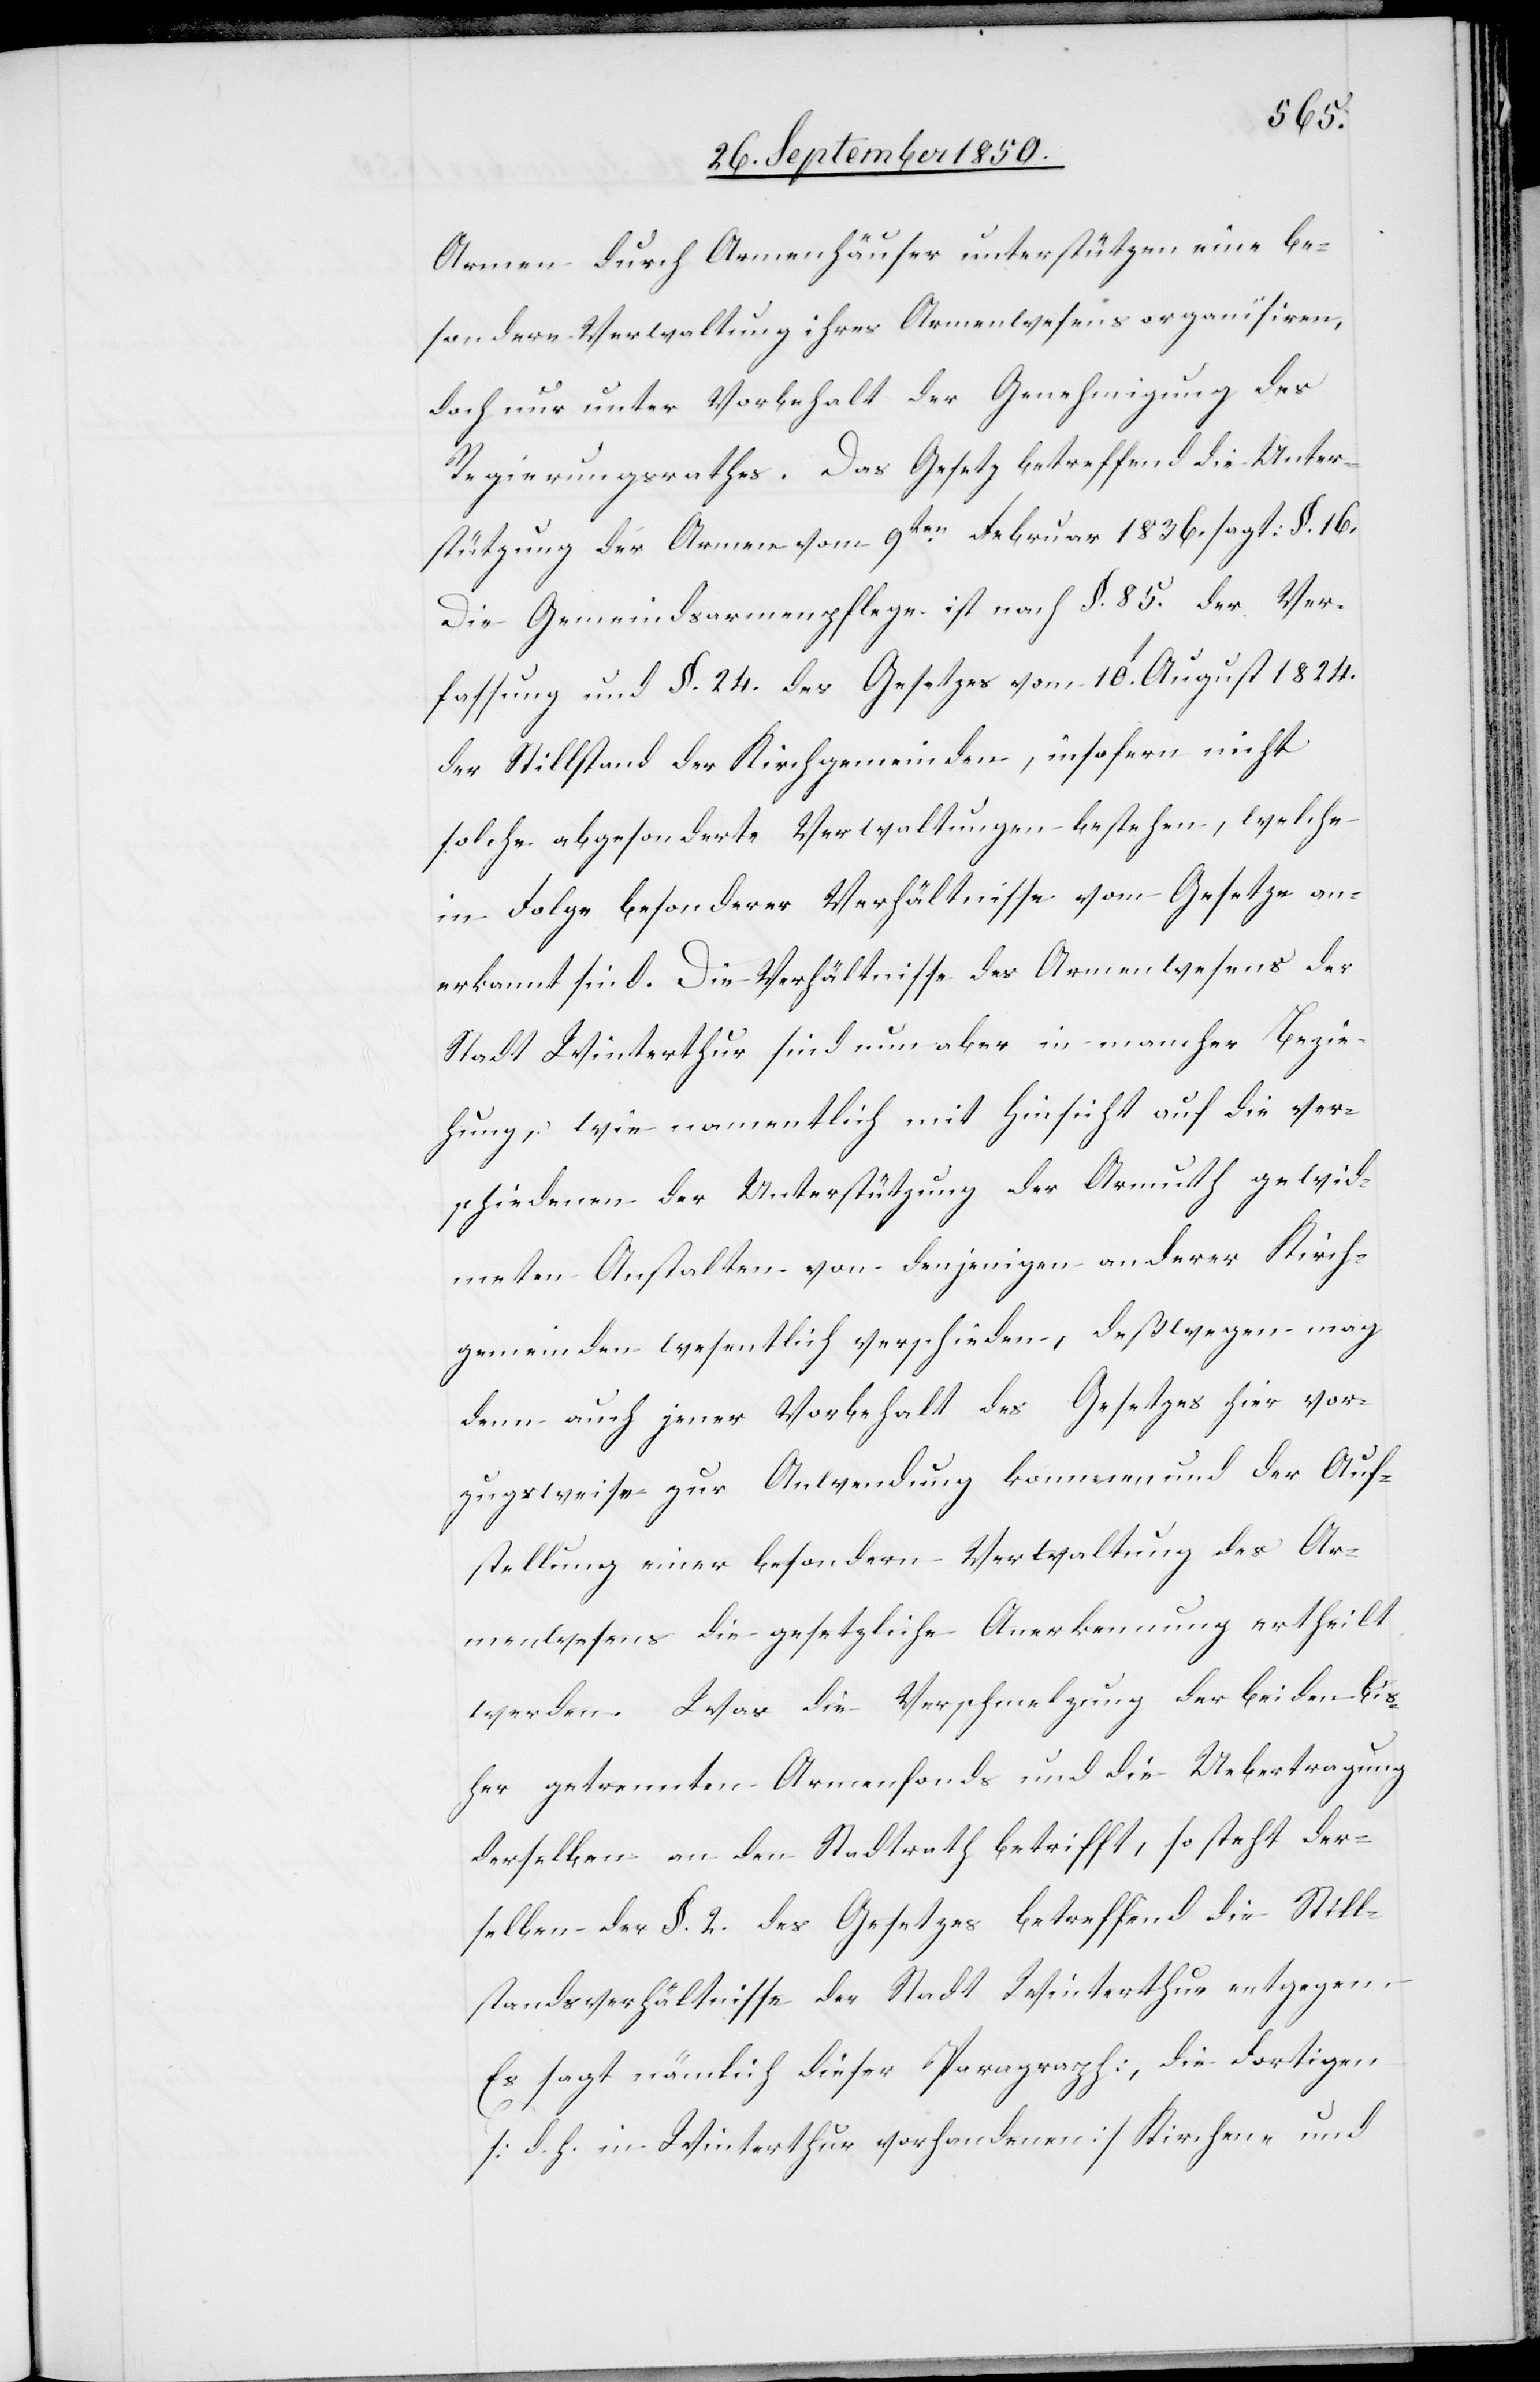
Armen durch Armenhäuser unterstützen eine be¬
sondere Verwaltung ihres Armenwesens organisiren,
doch nur unter Vorbehalt der Genehmigung des
Regierungsrathes. Das Gesetz betreffend die Unter¬
stützung der Armen vom 9ten Februar 1836. sagt: §. 16.
Die Gemeindsarmenpflege ist nach §. 85. der Ver¬
fassung und §. 24. des Gesetzes vom 10t August 1824.
der Stillstand der Kirchgemeinden, insofern nicht
solche abgesonderte Verwaltungen bestehen, welche
in Folge besonderer Verhältnisse vom Gesetze an¬
erkannt sind. Die Verhältnisse des Armenwesens der
Stadt Winterthur sind nun aber in mancher Bezie¬
hung, wie namentlich mit Hinsicht auf die ver¬
schiedenen der Unterstützung der Armuth gewid¬
meten Anstalten von denjenigen anderer Kirch¬
gemeinden wesentlich verschieden, deßwegen mag
denn auch jener Vorbehalt des Gesetzes hier vor¬
zugsweise zur Anwendung kommen und der Auf¬
stellung einer besondern Verwaltung des Ar¬
menwesens die gesetzliche Anerkennung ertheilt
werden. Was die Verschmelzung der beiden bis¬
her getrennten Armenfonds und die Uebertragung
derselben an den Stadtrath betrifft, so steht der¬
selben der §. 2. des Gesetzes betreffend die Still¬
standsverhältnisse der Stadt Winterthur entgegen.
Es sagt nämlich dieser Paragraph: „die dortigen
[d. h. in Winterthur vorhandenen] Kirchen- und